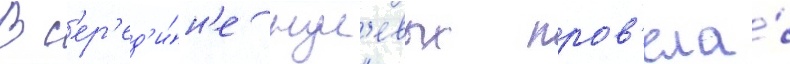
В с'ер'ед'и́н'е нул'евых пров'ела́